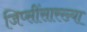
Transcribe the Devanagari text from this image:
जिप्सींसारख्या